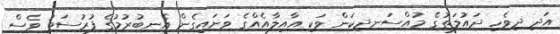
އަދި ދިވެހި ދައުލަތުގެ މުއްސަނދިކަން ވަކި އާއިލާއެއްގެ ވަށައިގެން އެނބުރުމުގެ ފުރުސަތު ވެސް